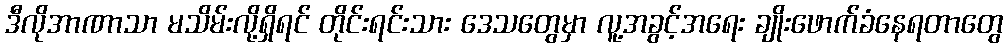
ဒီလိုအာဏာသာ မသိမ်းလို့ရှိရင် တိုင်းရင်းသား ဒေသတွေမှာ လူ့အခွင့်အရေး ချိုးဖောက်ခံနေရတာတွေ